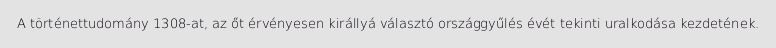
A történettudomány 1308-at, az őt érvényesen királlyá választó országgyűlés évét tekinti uralkodása kezdetének.